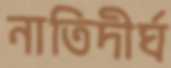
নাতিদীর্ঘ